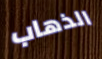
الذهاب